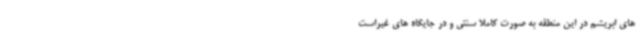
های ابریشم در این منطقه به صورت کاملا سنتی و در جایگاه های غیراست